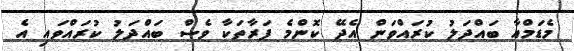
މެޑަމްއާ ބައްދަލު ކުރައްވަން އެދޭ ކޮންމެ ފަރާތަކާ ވެސް ބައްދަލު ކުރައްވައި އެ